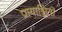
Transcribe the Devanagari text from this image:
प्रायाश्चितों